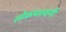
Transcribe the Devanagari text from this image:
लोकपालांनी